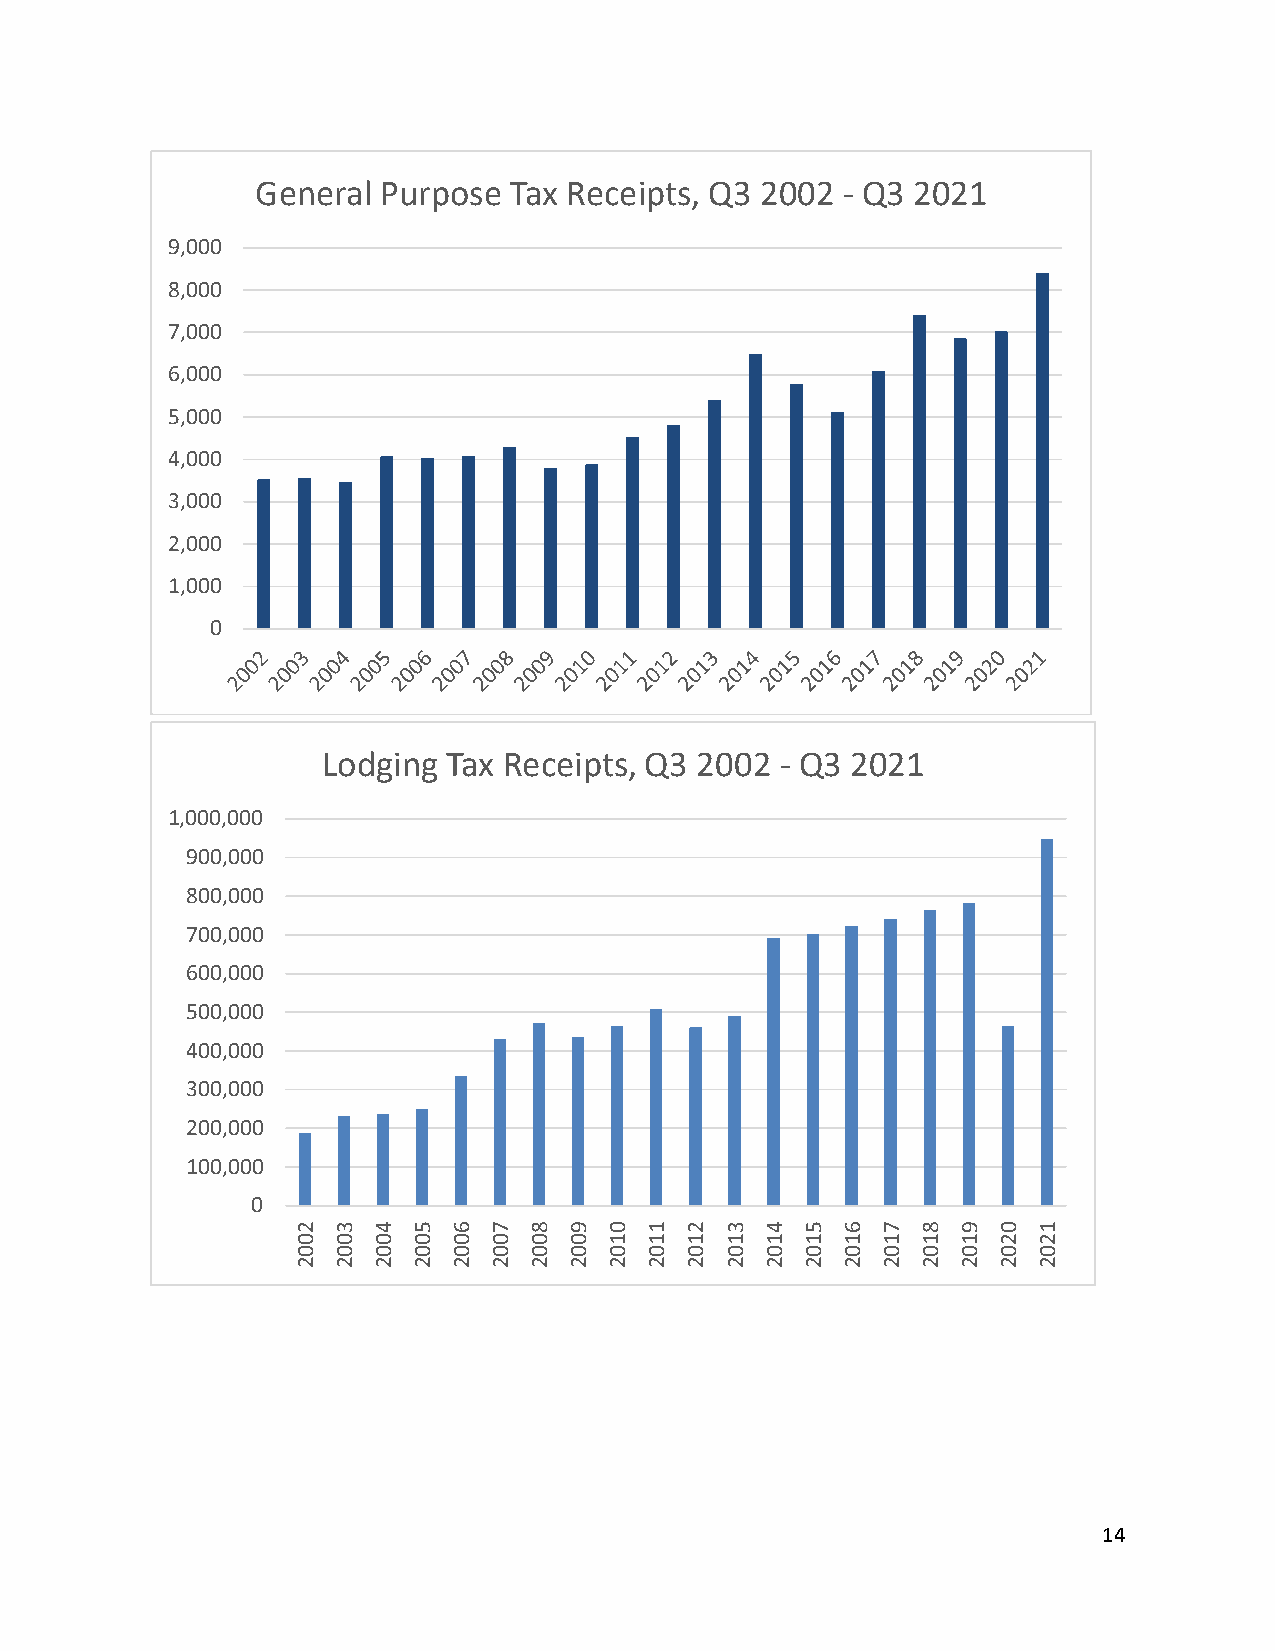
General Purpose  Tax Receipts, Q3 2002 - Q3 2021
 9,000
 8,000
 7,000
 6,000
 5,000
 4,000
 3,000
 2,000
 1,000
 0
 Lodging  Tax Receipts, Q3 2002 - Q3 2021
 1,000,000
 900,000
 800,000
 700,000
 600,000
 500,000
 400,000
 300,000
 200,000
 100,000
 0
 2 3  4 5  6 7  8  9 0  1 2  3  4 5  6 7  8  9 0  1
 0 0  0 0  0 0  0  0 1  1 1  1  1 1  1 1  1  1 2  2
 0 0  0 0  0 0  0  0 0  0 0  0  0 0  0 0  0  0 0  0
 2 2  2 2  2 2  2  2 2  2 2  2  2 2  2 2  2  2 2  2
 14